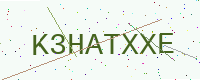
Text: K3HATXXE